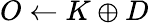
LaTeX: O\leftarrow K\oplus D